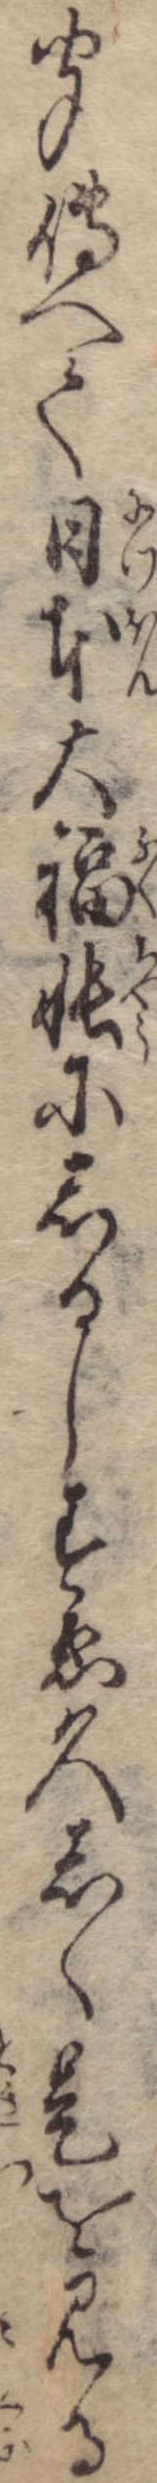
聞傅へて日本大福帳にしるしすゑ久しく是を見る